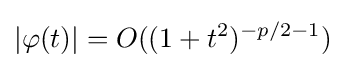
\left|\varphi (t)\right|=O((1+t^{2})^{-p/2-1})